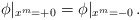
\begin{align*}\phi\vert_{x^m=+0}=\phi\vert_{x^m=-0} \,.\end{align*}